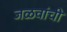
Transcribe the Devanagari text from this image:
जळवांची